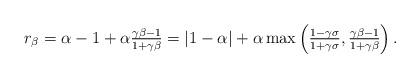
LaTeX: \begin{align*}r_\beta=\alpha-1+\alpha\tfrac{\gamma \beta-1}{1+\gamma \beta}=|1-\alpha|+\alpha\max\left(\tfrac{1-\gamma\sigma}{1+\gamma\sigma},\tfrac{\gamma \beta-1}{1+\gamma \beta}\right).\end{align*}